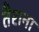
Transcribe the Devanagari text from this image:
तैराना